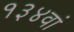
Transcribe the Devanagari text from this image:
१३४वां